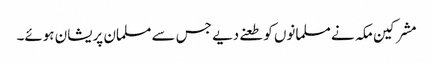
مشرکین مکہ نے مسلمانوں کو طعنے دیے جس سے مسلمان پریشان ہوئے۔